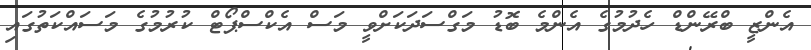
އެންޒީ ބްރޭންޑް ހެދުމުގެ އެންމެ ބޮޑު މަގްސަދަކަށްވީ މަސް އެކްސްޕޯޓް ކުރުމުގެ މަސައްކަތުގައި